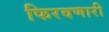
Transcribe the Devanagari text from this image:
फिरवणारी